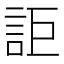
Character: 詎